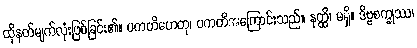
ထိုနတ်မျက်လုံးဖြစ်ခြင်း၏။ ပကတိဟေတု၊ ပကတိအကြောင်းသည်။ နတ္ထိ၊ မရှိ။ ဒိဗ္ဗစက္ခုဿ၊